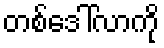
တစ်ဒေါ်လာကို